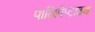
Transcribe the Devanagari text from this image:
पालिपेप्टाइड